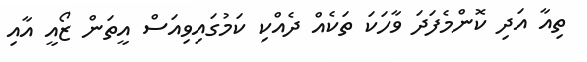
ތިއާ އަދި ކޮންމެފަދަ ވާހަކަ ތަކެއް ދެއްކި ކަމުގައިވިއަސް އީތަން ޒޯއީ އާއި